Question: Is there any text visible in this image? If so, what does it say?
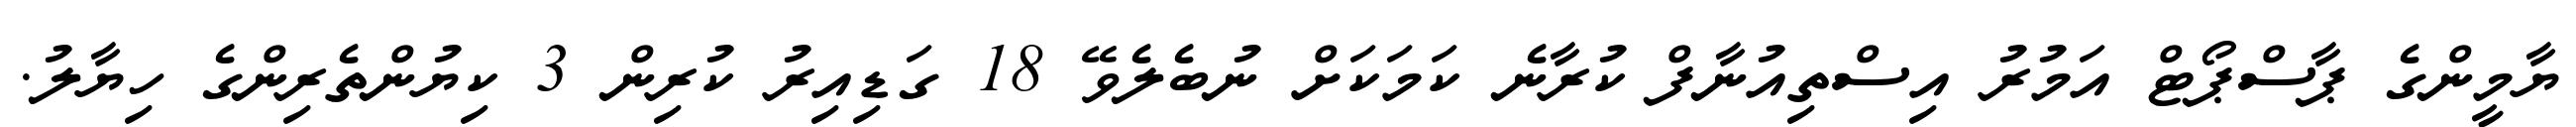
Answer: ޔާމީންގެ ޕާސްޕޯޓް އަމުރު އިސްތިއުނާފް ކުރާނެ ކަމަކަށް ނުބެލެވޭ 18 ގަޑިއިރު ކުރިން 3 ކިޔުންތެރިންގެ ހިޔާލު.